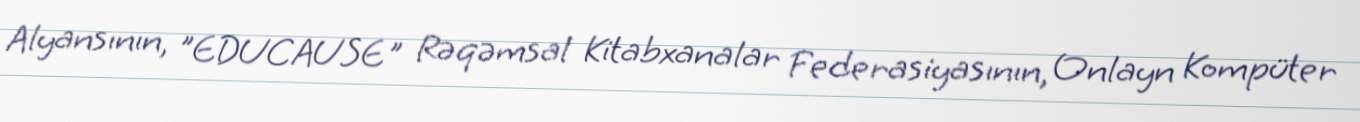
Alyansının, "EDUCAUSE" Rəqəmsal Kitabxanalar Federasiyasının, Onlayn Kompüter